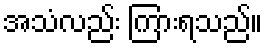
အသံလည်း ကြားရသည်။